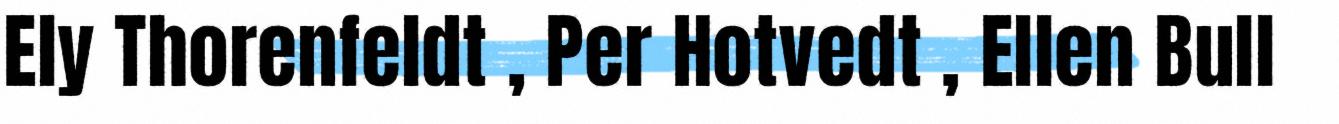
Ely Thorenfeldt , Per Hotvedt , Ellen Bull